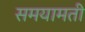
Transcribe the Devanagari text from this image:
समयामती